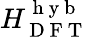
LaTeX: H_{\mathrm{~D~F~T~}}^{\mathrm{~h~y~b~}}